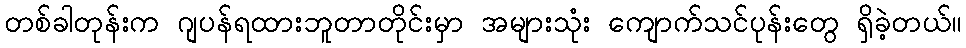
တစ်ခါတုန်းက ဂျပန်ရထားဘူတာတိုင်းမှာ အများသုံး ကျောက်သင်ပုန်းတွေ ရှိခဲ့တယ်။